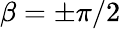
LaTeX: \beta=\pm\pi/2